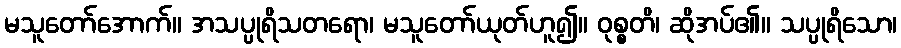
မသူတော်အောက်။ အသပ္ပုရိသတရော၊ မသူတော်ယုတ်ဟူ၍။ ဝုစ္စတိ၊ ဆိုအပ်၏။ သပ္ပုရိသော၊